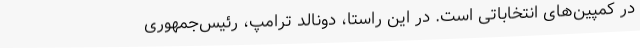
در کمپین‌های انتخاباتی است. در این راستا، دونالد ترامپ، رئیس‌جمهوری